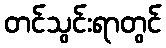
တင်သွင်းရာတွင်